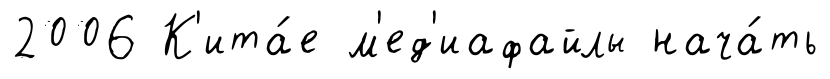
2006 К'ита́е м'ед'иафайлы нача́ть